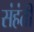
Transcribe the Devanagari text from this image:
संहंती